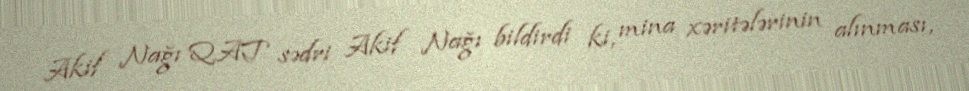
Akif Nağı QAT sədri Akif Nağı bildirdi ki, mina xəritələrinin alınması,